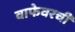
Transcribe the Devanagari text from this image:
वाफेवरची